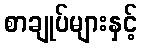
စာချုပ်များနှင့်